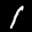
Label: 1